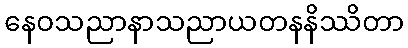
နေဝသညာနာသညာယတနနိဿိတာ